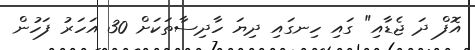
އޮފް ދަ ޖެޑާއި" ގައި ހިނގައި ދިޔަ ހާދިސާތަކަށް 30 އަހަރު ފަހުން